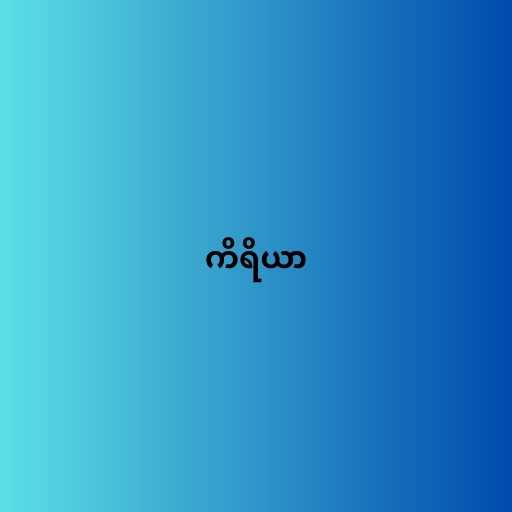
ကိရိယာ